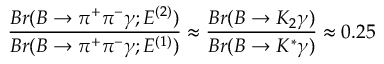
\frac { B r ( B \to \pi ^ { + } \pi ^ { - } \gamma ; E ^ { ( 2 ) } ) } { B r ( B \to \pi ^ { + } \pi ^ { - } \gamma ; E ^ { ( 1 ) } ) } \approx \frac { B r ( B \to K _ { 2 } \gamma ) } { B r ( B \to K ^ { * } \gamma ) } \approx 0 . 2 5